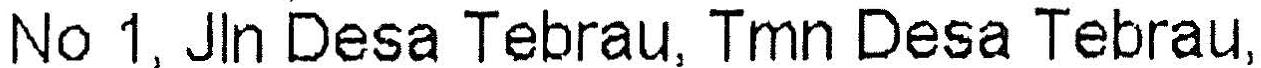
NO 1, JLN DESA TEBRAU, TMN DESA TEBRAU,